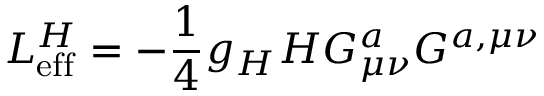
{ \cal L } _ { \mathrm { e f f } } ^ { H } = - \frac { 1 } { 4 } g _ { H } H G _ { \mu \nu } ^ { a } G ^ { a , \mu \nu }